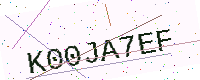
Text: K00JA7EF